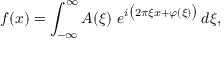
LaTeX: f ( x ) = \int _ { - \infty } ^ { \infty } A ( \xi ) \ e ^ { i { \bigl ( } 2 \pi \xi x + \varphi ( \xi ) { \bigr ) } } \, d \xi ,